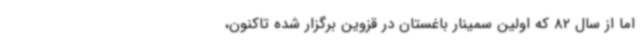
اما از سال 82 که اولین سمینار باغستان در قزوین برگزار شده تاکنون،